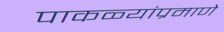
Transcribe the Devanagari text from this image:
पाकळ्यांप्रमाणे